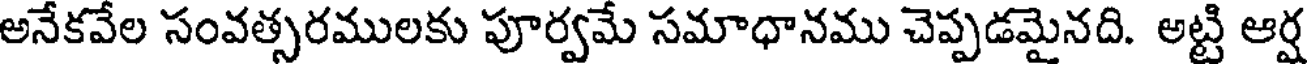
అనేకవేల సంవత్సరములకు పూర్వమే సమాధానము చెప్పడమైనది. అట్టి ఆర్ష